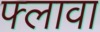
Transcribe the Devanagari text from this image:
फ्लावा